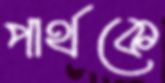
পার্থকে